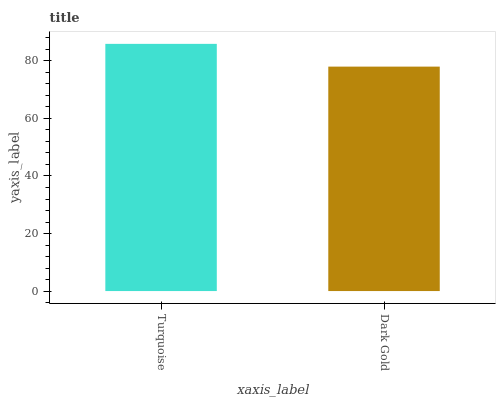
| xaxis_label | bars |
 | --- | --- |
 | Turquoise | 85.9 |
 | Dark Gold | 78 |